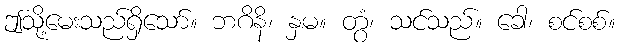
ဤသို့မေးသည်ရှိသော်။ ဘဂိနိ၊ နှမ။ တွံ၊ သင်သည်။ ခေါ၊ စင်စစ်။